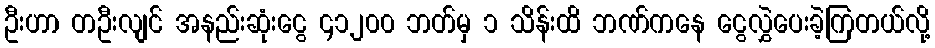
ဦးဟာ တဦးလျင် အနည်းဆုံးငွေ ၄၁၂၀၀ ဘတ်မှ ၁ သိန်းထိ ဘဏ်ကနေ ငွေလွှဲပေးခဲ့ကြတယ်လို့